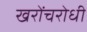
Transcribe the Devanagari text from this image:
खरोंचरोधी